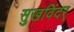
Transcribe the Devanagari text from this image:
सुखविंदर्